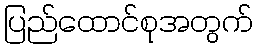
ပြည်ထောင်စုအတွက်